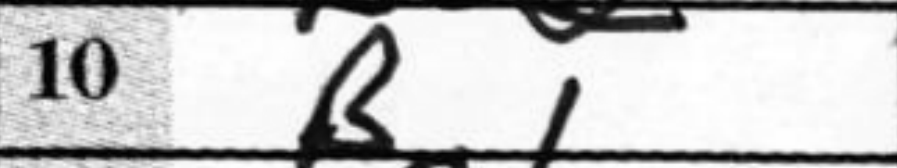
Transcription: Bc1